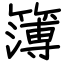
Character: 簿